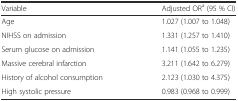
<table><thead><tr><td><b>Variable</b></td><td><b>Adjusted OR<sup>a</sup> (95 % CI)</b></td></tr></thead><tbody><tr><td>Age</td><td>1.027 (1.007 to 1.048)</td></tr><tr><td>NIHSS on admission</td><td>1.331 (1.257 to 1.410)</td></tr><tr><td>Serum glucose on admission</td><td>1.141 (1.055 to 1.235)</td></tr><tr><td>Massive cerebral infarction</td><td>3.211 (1.642 to 6.279)</td></tr><tr><td>History of alcohol consumption</td><td>2.123 (1.030 to 4.375)</td></tr><tr><td>High systolic pressure</td><td>0.983 (0.968 to 0.999)</td></tr></tbody></table>